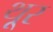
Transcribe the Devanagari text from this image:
थू्र